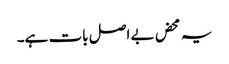
یہ محض بے اصل بات ہے۔